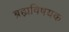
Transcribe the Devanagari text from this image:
ब्रह्मविषयक